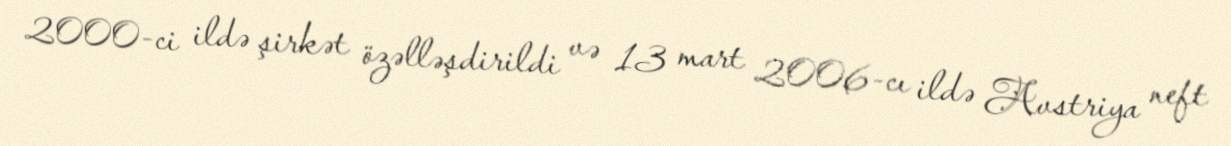
2000-ci ildə şirkət özəlləşdirildi və 13 mart 2006-cı ildə Avstriya neft